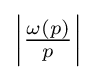
\left|{\tfrac {\omega (p)}{p}}\right|